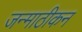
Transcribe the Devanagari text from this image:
जन्माठीकन